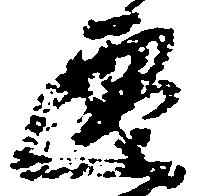
遷